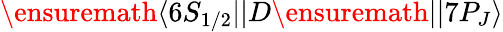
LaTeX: \ensuremath{\langle 6S_{1/2}||}D\ensuremath{||7P_{J}\rangle}